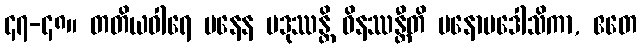
၄၇-၄၈။ တတိယဝါရေ မနေန ပဒုဿန္တိ ဝိနဿန္တီတိ မနောပဒေါသိကာ, ဧတေ